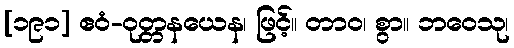
[၁၉၁] ဧဝံ-ဝုတ္တနယေန၊ ဖြင့်။ တာဝ၊ စွာ။ ဘဝေသု၊